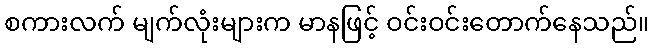
စကားလက် မျက်လုံးများက မာနဖြင့် ဝင်းဝင်းတောက်နေသည်။